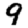
Digit: 9